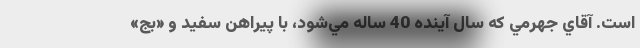
است. آقاي جهرمي كه سال آينده 40 ساله مي‌شود، با پيراهن سفيد و «بج»